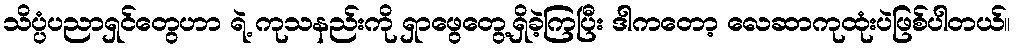
သိပ္ပံပညာရှင်တွေဟာ ရဲ့ ကုသနည်းကို ရှာဖွေတွေ့ရှိခဲ့ကြပြီး ဒါကတော့ လေဆာကုထုံးပဲဖြစ်ပါတယ်။